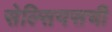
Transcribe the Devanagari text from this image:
सेल्सियसची